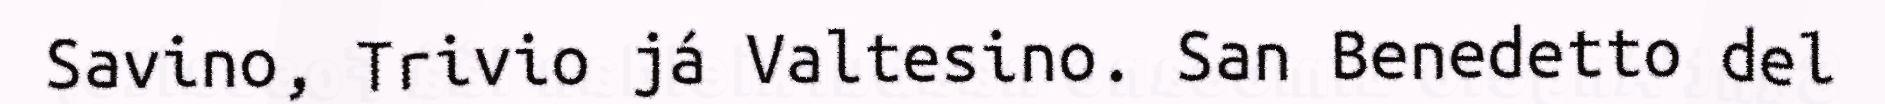
Savino, Trivio já Valtesino. San Benedetto del